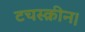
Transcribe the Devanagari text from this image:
टचस्क्रीन।